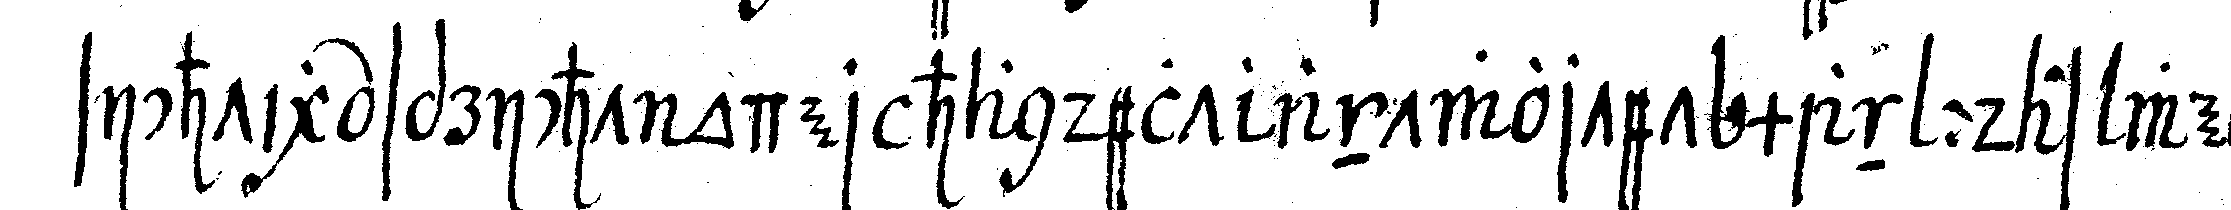
sichtig spricht oder handelt antwortet man : das weiss